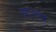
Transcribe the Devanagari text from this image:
सालच